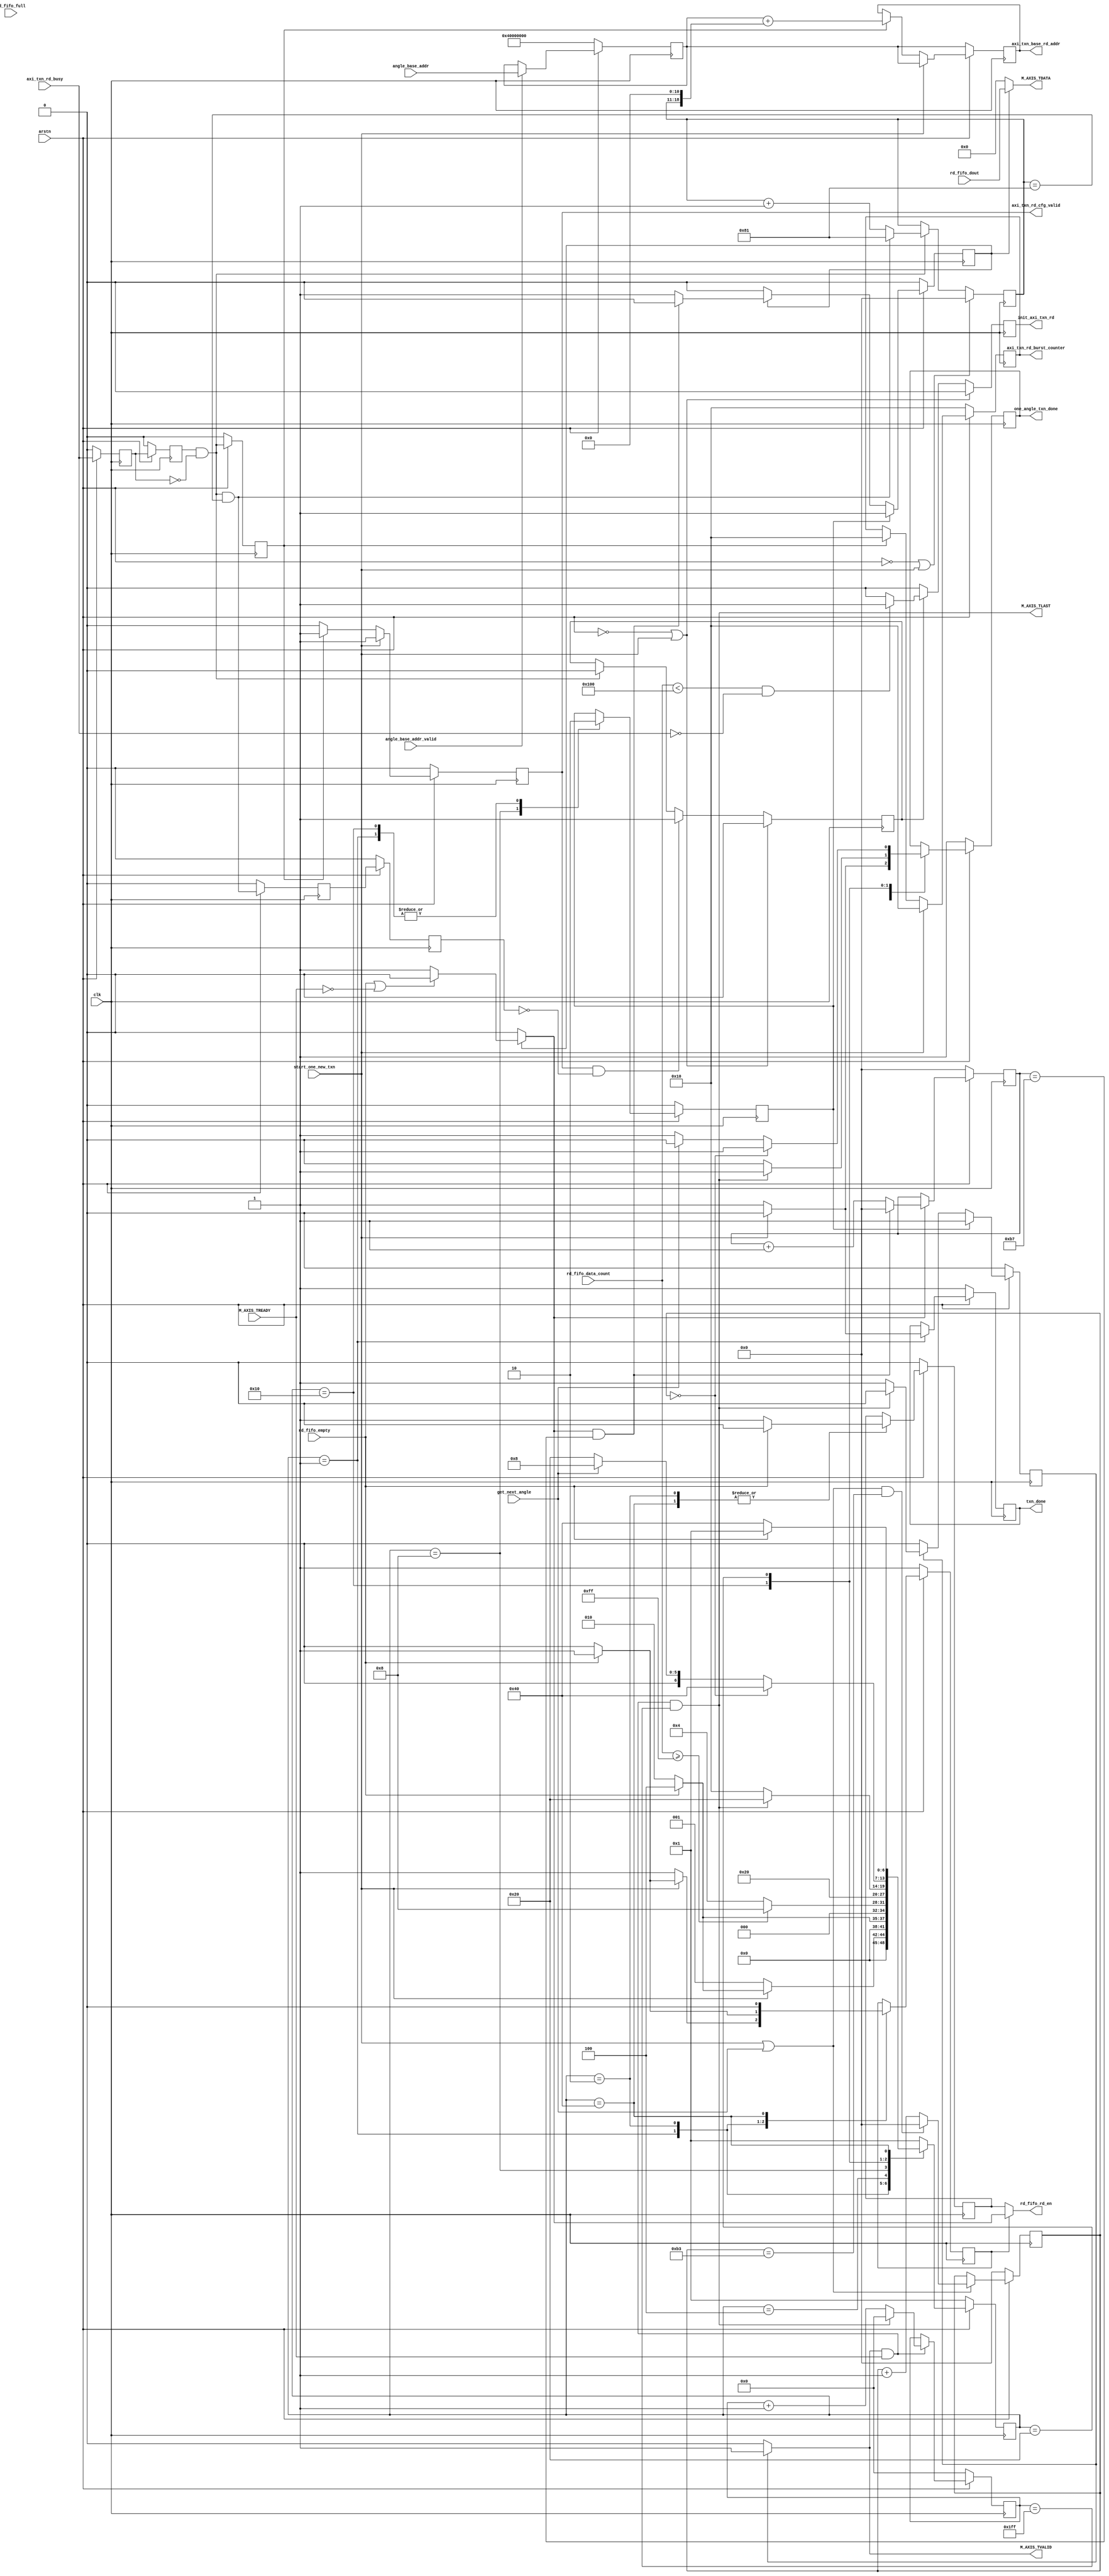
/*



*/
module read_angle_data #(
	parameter FFT_N                       = 512,
	parameter ANGLE_NUM                   = 180,
	parameter ANGEL_DATA_LEN              = 367,
	parameter ANGEL_DATA_LEN_HALF         = 184,
	parameter  C_M_TARGET_SLAVE_BASE_ADDR = 32'h40000000,
	parameter integer C_NO_BURSTS_REQ     = 5,
	parameter integer C_M_AXI_ADDR_WIDTH  = 32,
	parameter integer C_M_AXI_BURST_LEN   = 16
)
(
	input clk,    // Clock
	input arstn,  // Asynchronous reset active low

	input wire [31:0] angle_base_addr,
	input wire angle_base_addr_valid,
	//Control
	//
	// txn_done 1  start_one_new_txn ,
	// 
	// one_angle_txn_done 1 one_angle_txn_done == 1  
	// get_next_angle  
	// 
	input wire			start_one_new_txn,
	input wire			get_next_angle,
	output reg			one_angle_txn_done,
	output reg			txn_done,

	//AXI Stream
	output wire	[63:0]	M_AXIS_TDATA,
	output wire			M_AXIS_TLAST,
	output wire			M_AXIS_TVALID,
	input  wire			M_AXIS_TREADY,
	
	//FIFO control   64*512
	output wire			rd_fifo_rd_en,
	input  wire	[63:0]	rd_fifo_dout,
	input  wire			rd_fifo_full,
	input  wire			rd_fifo_empty,
	input  wire	[9:0]	rd_fifo_data_count,

	//AXI control
	output reg	[C_M_AXI_ADDR_WIDTH-1 : 0]	axi_txn_base_rd_addr,
	output reg	[C_NO_BURSTS_REQ : 0]		axi_txn_rd_burst_counter, // 2KB
	output reg								axi_txn_rd_cfg_valid,
	input wire								axi_txn_rd_busy,
	output reg								init_axi_txn_rd

);

	function integer clogb2 (input integer bit_depth);              
	begin                                                           
	  for(clogb2=0; bit_depth>0; clogb2=clogb2+1)                   
	    bit_depth = bit_depth >> 1;                                 
	  end                                                           
	endfunction

	function integer myceil(input integer a,input integer b);              
	begin
	  for(myceil=0; a>=b; myceil=myceil+1) begin                 
	    a = a - b; 
	  end   
	  if (a==0) begin
	  	myceil = myceil;
	  end
	  else begin
	  	myceil = myceil + 1;
	  end                             
	end
	endfunction   
	
	parameter integer TOTAL_NUM = ANGEL_DATA_LEN*ANGLE_NUM; //729*180; //131220 
	parameter integer BURST_NUM = myceil(TOTAL_NUM,512); //2K
	
	parameter integer ANGLE_DATA_STREAM_NUM = ANGEL_DATA_LEN_HALF;
	parameter integer ANGLE_DATA_STREAM_WIDTH = clogb2(ANGLE_DATA_STREAM_NUM-1);

	parameter integer FFT_STREAM_NUM = FFT_N;
	parameter integer FFT_STREAM_WIDTH = clogb2(FFT_STREAM_NUM-1);
	
	parameter integer BURST_COUNT_WIDTH = clogb2(BURST_NUM-1);
	parameter integer COUNTER_NUM_2KB = 2048/(C_M_AXI_BURST_LEN*8);

	reg [31:0] base_addr;
 	always @(posedge clk ) begin
 		if(~arstn) begin
 			base_addr <= C_M_TARGET_SLAVE_BASE_ADDR;
 		end 
 		else if(angle_base_addr_valid) begin
 			base_addr <= angle_base_addr;
 		end
 		else begin
 			base_addr <= base_addr;
 		end
 	end

    wire	[63:0]	axis_tdata;
	wire			axis_tlast;
	wire			axis_tvalid;
	wire			axis_tready;

	assign M_AXIS_TDATA  = axis_tdata;
	assign M_AXIS_TLAST  = axis_tlast;
	assign M_AXIS_TVALID = axis_tvalid;
	assign axis_tready   = M_AXIS_TREADY;

	//
    localparam IDLE            = 7'b0000001;
    localparam CLEAN_FIFO_IDLE = 7'b0000010;
    localparam WAIT_FIFO       = 7'b0000100;
    localparam READ_DATA       = 7'b0001000;
    localparam WAIT_READ       = 7'b0010000;
    localparam WAIT_NEXT_READ  = 7'b0100000; 
    localparam CLEAN_FIFO      = 7'b1000000;

    reg	[7-1:0]	mst_state;

    reg start_txn_to_fft;
    wire finsh_txn_to_fft;

    reg	[63:0]	rd_fifo_dout_throw;
    reg			rd_fifo_rd_en_clean;
    wire		rd_fifo_rd_en_axis;
	reg			switch_en;

	assign rd_fifo_rd_en = switch_en == 0 ? rd_fifo_rd_en_clean : rd_fifo_rd_en_axis;

	//
	reg [8-1:0] angle_num_cnt;
	wire add_angle_num_cnt;
	wire end_angle_num_cnt;
	always @(posedge clk)begin
	    if(arstn==0 )begin
	        angle_num_cnt <= 0;
	    end
	    else if(add_angle_num_cnt)begin
	        if(end_angle_num_cnt)
	            angle_num_cnt <= 0;
	        else
	            angle_num_cnt <= angle_num_cnt + 1;
	    end
	end
	assign add_angle_num_cnt = start_one_new_txn || get_next_angle;       
	assign end_angle_num_cnt = add_angle_num_cnt && angle_num_cnt== ANGLE_NUM - 1;

	//FFT
	reg [FFT_STREAM_WIDTH-1:0] fft_stream_cnt;
	wire add_fft_stream_cnt;
	wire end_fft_stream_cnt;
	always @(posedge clk) begin
	    if(~arstn) begin
	        fft_stream_cnt <= 0;
	    end
	    else if(add_fft_stream_cnt)begin
	        if(end_fft_stream_cnt)
	            fft_stream_cnt <= 0;
	        else
	            fft_stream_cnt <= fft_stream_cnt + 1;
	    end
	end
	
	assign add_fft_stream_cnt = axis_tvalid && axis_tready;
	assign end_fft_stream_cnt = add_fft_stream_cnt && fft_stream_cnt == FFT_STREAM_NUM - 1;
	assign axis_tlast = end_fft_stream_cnt;
	//assign axis_tlast = 0;

	reg [ANGLE_DATA_STREAM_WIDTH-1:0] angle_data_stream_cnt;
	wire add_angle_data_stream_cnt;
	wire end_angle_data_stream_cnt;
	always @(posedge clk) begin
	    if(~arstn) begin
	        angle_data_stream_cnt <= 0;
	    end
	    else if(add_angle_data_stream_cnt)begin
	        if(end_angle_data_stream_cnt)
	            angle_data_stream_cnt <= 0;
	        else
	            angle_data_stream_cnt <= angle_data_stream_cnt + 1;
	    end
	end
	assign add_angle_data_stream_cnt = rd_fifo_rd_en_axis;       
	assign end_angle_data_stream_cnt = add_angle_data_stream_cnt && angle_data_stream_cnt == ANGLE_DATA_STREAM_NUM -1;


	//
 	reg axi_txn_rd_busy_ff;
 	reg axi_txn_rd_busy_ff2;
 	wire done_flag;
 	assign done_flag = axi_txn_rd_busy_ff2 && (!axi_txn_rd_busy_ff);
 	always @(posedge clk) begin										      
	  begin                                                                        
	    if (arstn == 0 )                                                   
	      begin                                                                    
	        axi_txn_rd_busy_ff  <= 1'b0;                                                   
	        axi_txn_rd_busy_ff2 <= 1'b0;                                                   
	      end                                                                               
	    else                                                                       
	      begin  
	        axi_txn_rd_busy_ff  <= axi_txn_rd_busy;
	        axi_txn_rd_busy_ff2 <= axi_txn_rd_busy_ff;                                                                 
	      end                                                                      
	  end
	end
	//
	reg done_flag_r;
	always @(posedge clk)begin
		if(arstn == 0) begin
			done_flag_r <= 1'b0;
		end
		else begin
			done_flag_r <= done_flag;
		end
	end
	//
	//
	reg [BURST_COUNT_WIDTH-1:0] burst_count;
	wire add_burst_count;
	wire end_burst_count;
	always @(posedge clk)begin
	    if(!arstn || start_one_new_txn==1'b1)begin
	        burst_count <= 0;
	    end
	    else if(add_burst_count)begin
	        if(end_burst_count)
	            burst_count <= BURST_NUM-1;
	        else
	            burst_count <= burst_count + 1;
	    end
	end
	assign add_burst_count = done_flag;       
	assign end_burst_count = add_burst_count && burst_count== BURST_NUM-1;

	reg end_burst_count_r1;
	reg end_burst_count_r2;
	always @(posedge clk) begin
		if(arstn == 0) begin
			end_burst_count_r1 <= 1'b0;
			end_burst_count_r2 <= 1'b0;
		end
		else begin
			end_burst_count_r1 <= end_burst_count;
			end_burst_count_r2 <= end_burst_count_r1;
		end
	end
	//AXI
    reg txn_en;
    always @(posedge clk)                                                      
	begin
	  if (arstn == 0 || start_one_new_txn == 1)
	  	begin
	  		txn_en <= 1'b0;
	  	end
	  else if (axi_txn_rd_cfg_valid && (~end_burst_count_r2))
	  	begin
	  		txn_en <= 1'b1;
	  	end
	  else if (add_burst_count)
	    begin
	  		txn_en <= 1'b0;
	    end
	  else
	  	begin
	  		txn_en <= txn_en;
	  	end
	end

	always @(posedge clk)                                                      
	begin                                                                             
	  if (arstn == 0 || start_one_new_txn == 1)
	    begin
	      init_axi_txn_rd <= 1'b0;                                                      	
	    end                                                                                                                                                                           
	  else if (txn_en)
	  	begin
	      if (rd_fifo_data_count < 256 && (!axi_txn_rd_busy))
	    	init_axi_txn_rd <= 1'b1;
	      else
	      	init_axi_txn_rd <= 1'b0;
	  	end  
	  else 
	    begin
	      init_axi_txn_rd <= 1'b0;
	    end                                          
	end

	//
	always @(posedge clk)                                                      
	begin
	  if (arstn == 0)
	  	begin
	  	  axi_txn_rd_burst_counter <=  COUNTER_NUM_2KB;
	      axi_txn_base_rd_addr     <=  base_addr;
	      axi_txn_rd_cfg_valid     <= 1'b0;
	  	end
	  else if (start_one_new_txn == 1) 
	    begin
	      axi_txn_rd_burst_counter <=  COUNTER_NUM_2KB;
	      axi_txn_base_rd_addr     <=  base_addr;
	      axi_txn_rd_cfg_valid     <= 1'b1;
	    end
	  else if (done_flag_r)
	  	begin
	  	  axi_txn_rd_burst_counter <= COUNTER_NUM_2KB;
		  axi_txn_base_rd_addr     <= base_addr + (burst_count<<11);
	      axi_txn_rd_cfg_valid     <= 1'b1;
	  	end
	  else
	  	begin
	  	  axi_txn_rd_cfg_valid     <= 1'b0;
	  	end
	end


	assign finsh_txn_to_fft = end_fft_stream_cnt;
	//axisFFT_N
	reg en_axis_txn;
	always @(posedge clk) begin
		if(~arstn) begin
			en_axis_txn     <= 1'b0;
		end 
		else if (start_txn_to_fft == 1'b1) begin
			en_axis_txn     <= 1'b1;
		end
		else if (en_axis_txn == 1'b1) begin
			if (end_fft_stream_cnt) begin
				en_axis_txn <= 1'b0;
			end
			else begin
				en_axis_txn <= 1'b1;
			end
		end
		else begin
			en_axis_txn     <= 1'b0;
		end
	end
	//axis
	reg en_axis_txn_angle_data;
	always @(posedge clk) begin
		if(~arstn) begin
			en_axis_txn_angle_data     <= 1'b0;
		end 
		else if (start_txn_to_fft == 1'b1) begin
			en_axis_txn_angle_data     <= 1'b1;
		end
		else if (en_axis_txn_angle_data == 1'b1) begin
			if (end_angle_data_stream_cnt) begin
				en_axis_txn_angle_data <= 1'b0;
			end
			else begin
				en_axis_txn_angle_data <= 1'b1;
			end
		end
		else begin
			en_axis_txn_angle_data     <= 1'b0;
		end
	end

	//
	assign axis_tdata = en_axis_txn_angle_data == 1'b1 ? rd_fifo_dout : 64'd0;
	assign rd_fifo_rd_en_axis = en_axis_txn_angle_data == 1'b1 ? 
								(rd_fifo_empty || (~axis_tready)) ? 1'b0 : 1'b1
								: 1'b0;
	assign axis_tvalid = en_axis_txn == 1'b1 ? 
					     rd_fifo_rd_en_axis == 1'b1 ? rd_fifo_rd_en_axis : 1'b1
						 : 1'b0;


	//
	always @(posedge clk) begin
    	if(~arstn) begin
    		start_txn_to_fft    <= 1'b0;
			rd_fifo_rd_en_clean <= 1'b0;
			switch_en           <= 1'b1;
			one_angle_txn_done  <= 1'b1;
			txn_done            <= 1'b1;
			mst_state           <= IDLE;
    	end 
    	else begin
    		case (mst_state)
    			IDLE : begin
    				start_txn_to_fft <= 1'b0;
    				if (start_one_new_txn == 1'b1) begin
                        txn_done           <= 1'b0;
                        one_angle_txn_done <= 1'b0;
                        if(rd_fifo_empty) begin
                        	switch_en      <= 1'b1;
                        	mst_state      <= WAIT_FIFO;
                        end
                        else begin
                        	switch_en      <= 1'b0;
                        	mst_state      <= CLEAN_FIFO_IDLE;          
                        end                  
    				end
    				else begin
    					switch_en          <= 1'b1;
                        txn_done           <= 1'b1;
                        one_angle_txn_done <= 1'b1;
                        mst_state          <= IDLE;    
    				end
    			end
    			CLEAN_FIFO_IDLE : begin //fifo
	            	if (rd_fifo_empty) begin
	                    rd_fifo_rd_en_clean <= 1'b0;
	                    rd_fifo_dout_throw  <= 64'b0;
	                    switch_en           <= 1'b1;
	                    mst_state           <= WAIT_FIFO;
	            	end
	            	else begin
	            		switch_en           <= 1'b0;
	                    rd_fifo_rd_en_clean <= 1'b1;
	                    rd_fifo_dout_throw  <= rd_fifo_dout;
	                    mst_state           <= CLEAN_FIFO_IDLE;
	            	end
    			end
    			WAIT_FIFO : begin
    				if (rd_fifo_data_count >= 255) begin
						mst_state <= READ_DATA;
					end
					else begin
						mst_state <= WAIT_FIFO;
				    end
    			end
    			READ_DATA : begin
    			    start_txn_to_fft <= 1'b1;
    			    mst_state <= WAIT_READ;
    			end
    			WAIT_READ : begin
    				start_txn_to_fft <= 1'b0;
    				if(finsh_txn_to_fft) begin
    					one_angle_txn_done <= 1'b1;
    					mst_state <= WAIT_NEXT_READ;
    				end
    				else begin
    					one_angle_txn_done <= 1'b0;
    					mst_state <= WAIT_READ;
    				end
    			end
    			WAIT_NEXT_READ : begin
    				if (angle_num_cnt == 0) begin
						one_angle_txn_done <= 1'b1;
						mst_state          <= CLEAN_FIFO;
				    end
					else if(get_next_angle) begin
						one_angle_txn_done <= 1'b0;
						mst_state          <= READ_DATA;
					end
					else begin
						one_angle_txn_done <= 1'b1;
						mst_state          <= WAIT_NEXT_READ;
					end
    			end
    			CLEAN_FIFO : begin
    				switch_en               <= 1'b0;
	            	if (rd_fifo_empty) begin
	                    rd_fifo_rd_en_clean <= 1'b0;
	                    rd_fifo_dout_throw  <= 64'b0;
	                    mst_state           <= IDLE;
	            	end
	            	else begin
	                    rd_fifo_rd_en_clean <= 1'b1;
	                    rd_fifo_dout_throw  <= rd_fifo_dout;
	                    mst_state           <= CLEAN_FIFO;
	            	end
    			end
    			default : begin
    				mst_state               <= IDLE;
    			end
    		endcase
    	end
    end

endmodule